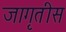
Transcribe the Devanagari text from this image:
जागृतीस